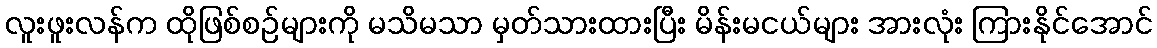
လူးဖူးလန်က ထိုဖြစ်စဉ်များကို မသိမသာ မှတ်သားထားပြီး မိန်းမငယ်များ အားလုံး ကြားနိုင်အောင်